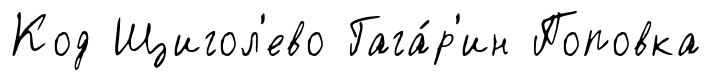
Код Щигол'ево Гага́р'ин Поповка